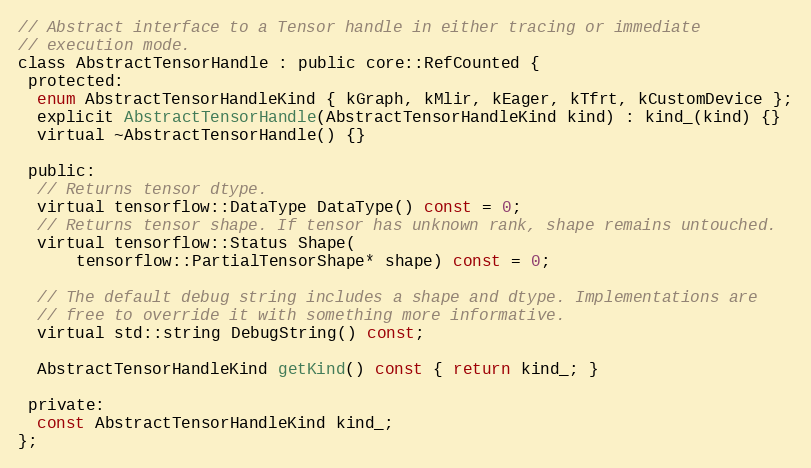
Language: C
// Abstract interface to a Tensor handle in either tracing or immediate
// execution mode.
class AbstractTensorHandle : public core::RefCounted {
 protected:
  enum AbstractTensorHandleKind { kGraph, kMlir, kEager, kTfrt, kCustomDevice };
  explicit AbstractTensorHandle(AbstractTensorHandleKind kind) : kind_(kind) {}
  virtual ~AbstractTensorHandle() {}

 public:
  // Returns tensor dtype.
  virtual tensorflow::DataType DataType() const = 0;
  // Returns tensor shape. If tensor has unknown rank, shape remains untouched.
  virtual tensorflow::Status Shape(
      tensorflow::PartialTensorShape* shape) const = 0;

  // The default debug string includes a shape and dtype. Implementations are
  // free to override it with something more informative.
  virtual std::string DebugString() const;

  AbstractTensorHandleKind getKind() const { return kind_; }

 private:
  const AbstractTensorHandleKind kind_;
};